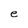
Character: e